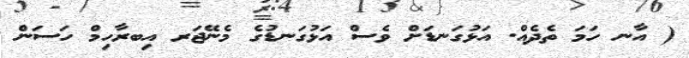
( އާނ ހަމަ ތެދެއް. އަޅުގަނޑަށް ވެސް އަޅުގަނޑުގެ މެނޭޖަރ އިބރާހިމް ހަސަން